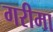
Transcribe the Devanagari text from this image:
गरीमा